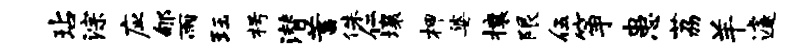
玷淙应郇雨珏枵潜蓄侏仁壤柙婆攘限伍筝患荔羊遽